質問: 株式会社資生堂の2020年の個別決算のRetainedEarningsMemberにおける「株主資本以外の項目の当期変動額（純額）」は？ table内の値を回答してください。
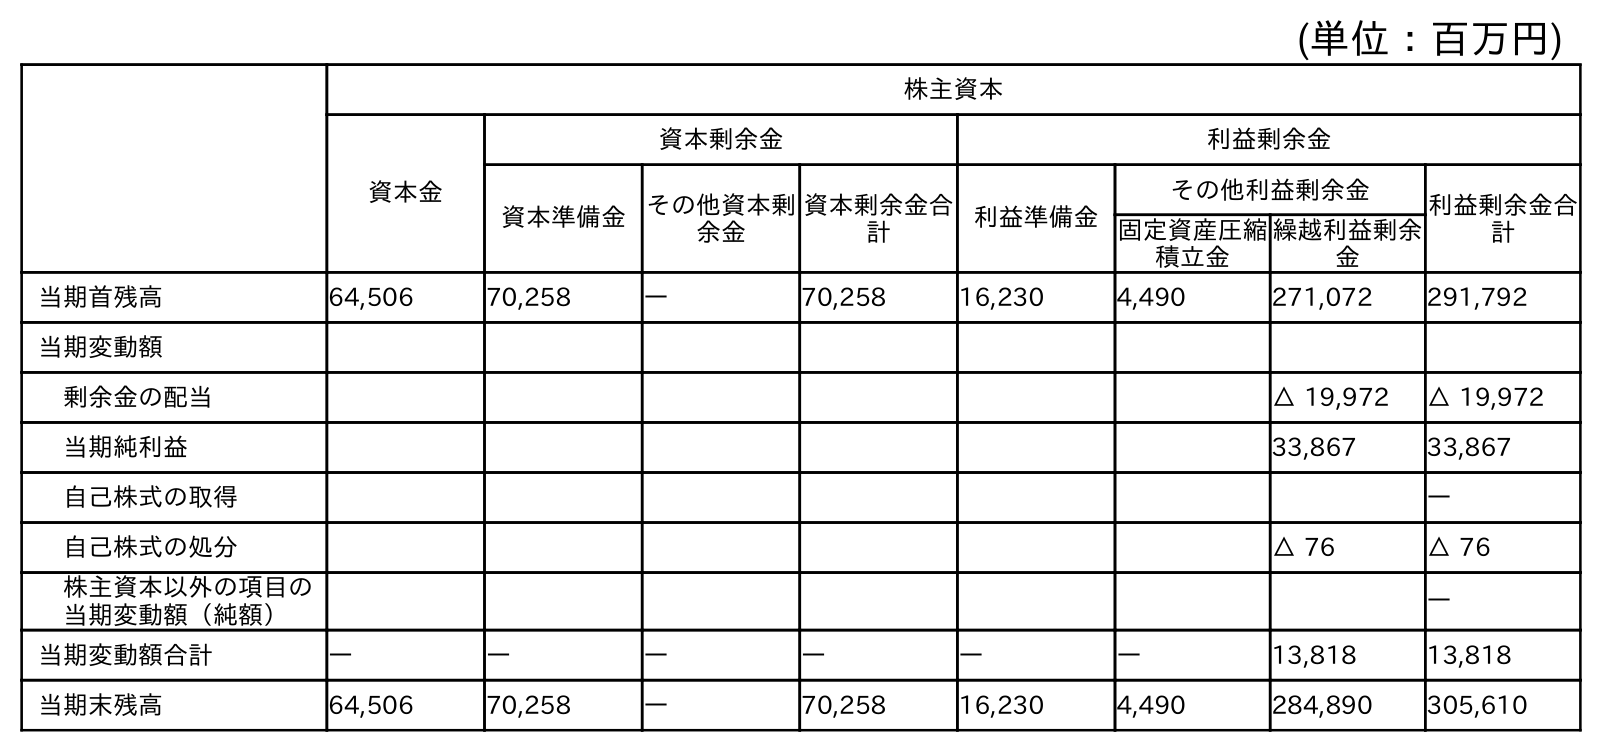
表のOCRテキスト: (単位：百万円) 株主資本 資本金 資本剰余金 利益剰余金 資本準備金 その他資本剰 余金 資本剰余金合 計 利益準備金 その他利益剰余金 利益剰余金合 計 固定資産圧縮 積立金 繰越利益剰余 金 当期首残高 64,506 70,258 ― 70,258 16,230 4,490 271,072 291,792 当期変動額 剰余金の配当 △ 19,972 △ 19,972 当期純利益 33,867 33,867 自己株式の取得 ― 自己株式の処分 △ 76 △ 76 株主資本以外の項目の 当期変動額（純額） ― 当期変動額合計 ― ― ― ― ― ― 13,818 13,818 当期末残高 64,506 70,258 ― 70,258 16,230 4,490 284,890 305,610
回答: ―